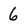
Character: 6